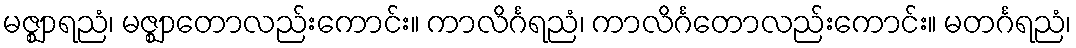
မဇ္ဈာရညံ၊ မဇ္ဈာတောလည်းကောင်း။ ကာလိင်္ဂရညံ၊ ကာလိင်္ဂတောလည်းကောင်း။ မတင်္ဂရညံ၊